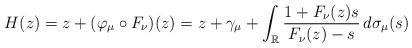
LaTeX: \begin{align*} H(z)=z+(\varphi_{\mu}\circ F_{\nu})(z)=z+\gamma_{\mu}+\int_{\mathbb{R}}\frac{1+F_{\nu}(z)s}{F_{\nu}(z)-s}\, d\sigma_{\mu}(s)\end{align*}